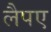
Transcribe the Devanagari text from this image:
लैपए